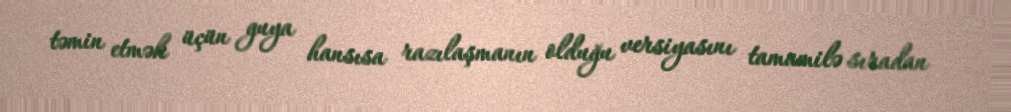
təmin etmək üçün guya hansısa razılaşmanın olduğu versiyasını tamamilə sıradan